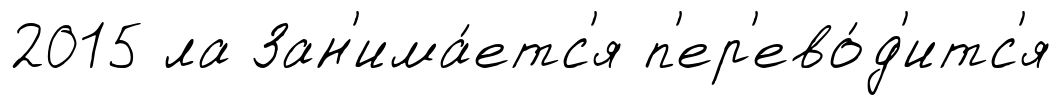
2015 ла Зан'има́етс'я п'ер'ево́д'итс'я